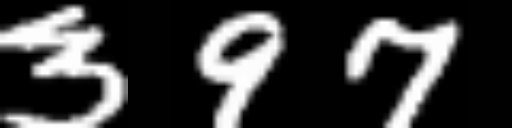
Text: 397